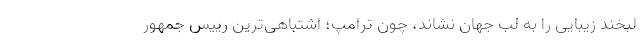
لبخند زیبایی را به لب جهان نشاند، چون ترامپ؛ اشتباهی‌ترین رییس جمهور